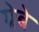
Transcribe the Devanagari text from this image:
ग्रेबे